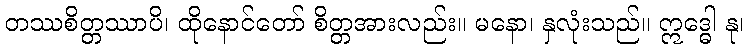
တဿစိတ္တဿာပိ၊ ထိုနောင်တော် စိတ္တအားလည်း။ မနော၊ နှလုံးသည်။ ဣဒ္ဓေါ နု၊